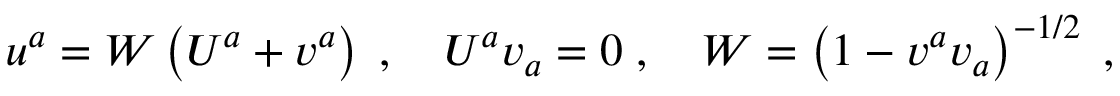
u ^ { a } = W \left( U ^ { a } + v ^ { a } \right) \; , \quad U ^ { a } v _ { a } = 0 \; , \quad W = \left( 1 - v ^ { a } v _ { a } \right) ^ { - 1 / 2 } \; ,